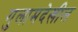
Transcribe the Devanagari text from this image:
गुलामदेखील